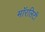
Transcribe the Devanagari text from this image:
मॉरलिटी